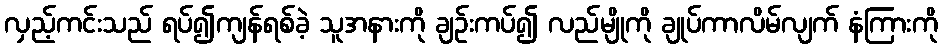
လှည့်ကင်းသည် ရပ်၍ကျန်ရစ်ခဲ့ သူအနားကို ချဉ်းကပ်၍ လည်မျိုကို ချုပ်ကာလိမ်လျက် နံကြားကို